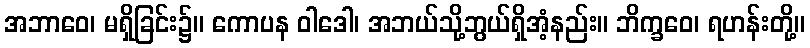
အဘာဝေ၊ မရှိခြင်း၌။ ကောပန ဝါဒေါ၊ အဘယ်သို့ဘွယ်ရှိအံ့နည်း။ ဘိက္ခဝေ၊ ရဟန်းတို့။